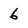
Character: 6